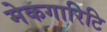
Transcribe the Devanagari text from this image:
मेकगारिटि